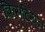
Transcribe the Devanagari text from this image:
क्रिसटियन